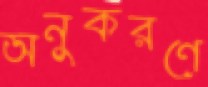
অনুকরণে